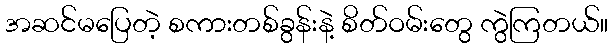
အဆင်မပြေတဲ့ စကားတစ်ခွန်းနဲ့ စိတ်ဝမ်းတွေ ကွဲကြတယ်။